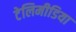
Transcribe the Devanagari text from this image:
टेलिमीडिया